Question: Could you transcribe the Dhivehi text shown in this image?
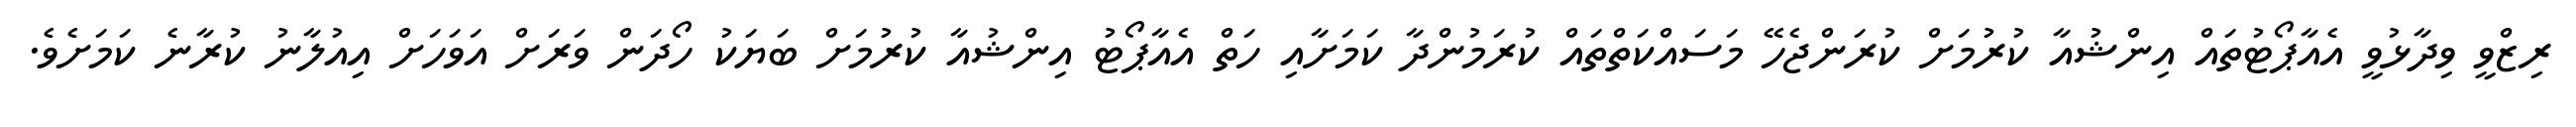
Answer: ރިޒްވީ ވިދާޅުވީ އެއާޕޯޓުތައް އިންޝުއާ ކުރުމަށް ކުރަންޖެހޭ މަސައްކަތްތައް ކުރަމުންދާ ކަމަށާއި ހަތް އެއާޕޯޓު އިންޝުއާ ކުރުމަށް ބަޔަކު ހޯދަން ވަރަށް އަވަހަށް އިއުލާނު ކުރާނެ ކަމަށެވެ.